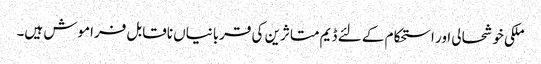
ملکی خوشحالی اور استحکام کے لئے ڈیم متاثرین کی قربانیاں ناقابل فراموش ہیں۔